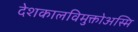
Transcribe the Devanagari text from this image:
देशकालविमुक्तोअस्मि